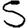
Digit: 5